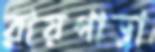
রায়গাড়া